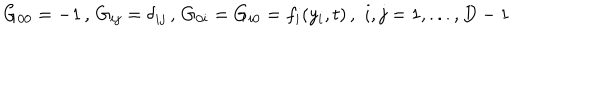
LaTeX: G _ { 0 0 } = - 1 \, , \, G _ { i j } = \delta _ { i j } \, , \, G _ { 0 i } = G _ { i 0 } = f _ { i } ( y _ { i } , t ) \, , \, \, i , j = 1 , . . . , D - 1